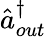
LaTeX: \hat{a}_{out}^{\dagger}